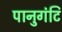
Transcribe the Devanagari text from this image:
पानुगंटि